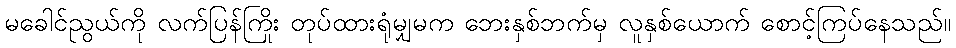
မခေါင်ညွယ်ကို လက်ပြန်ကြိုး တုပ်ထားရုံမျှမက ဘေးနှစ်ဘက်မှ လူနှစ်ယောက် စောင့်ကြပ်နေသည်။